Juri_Uluots, lk 12
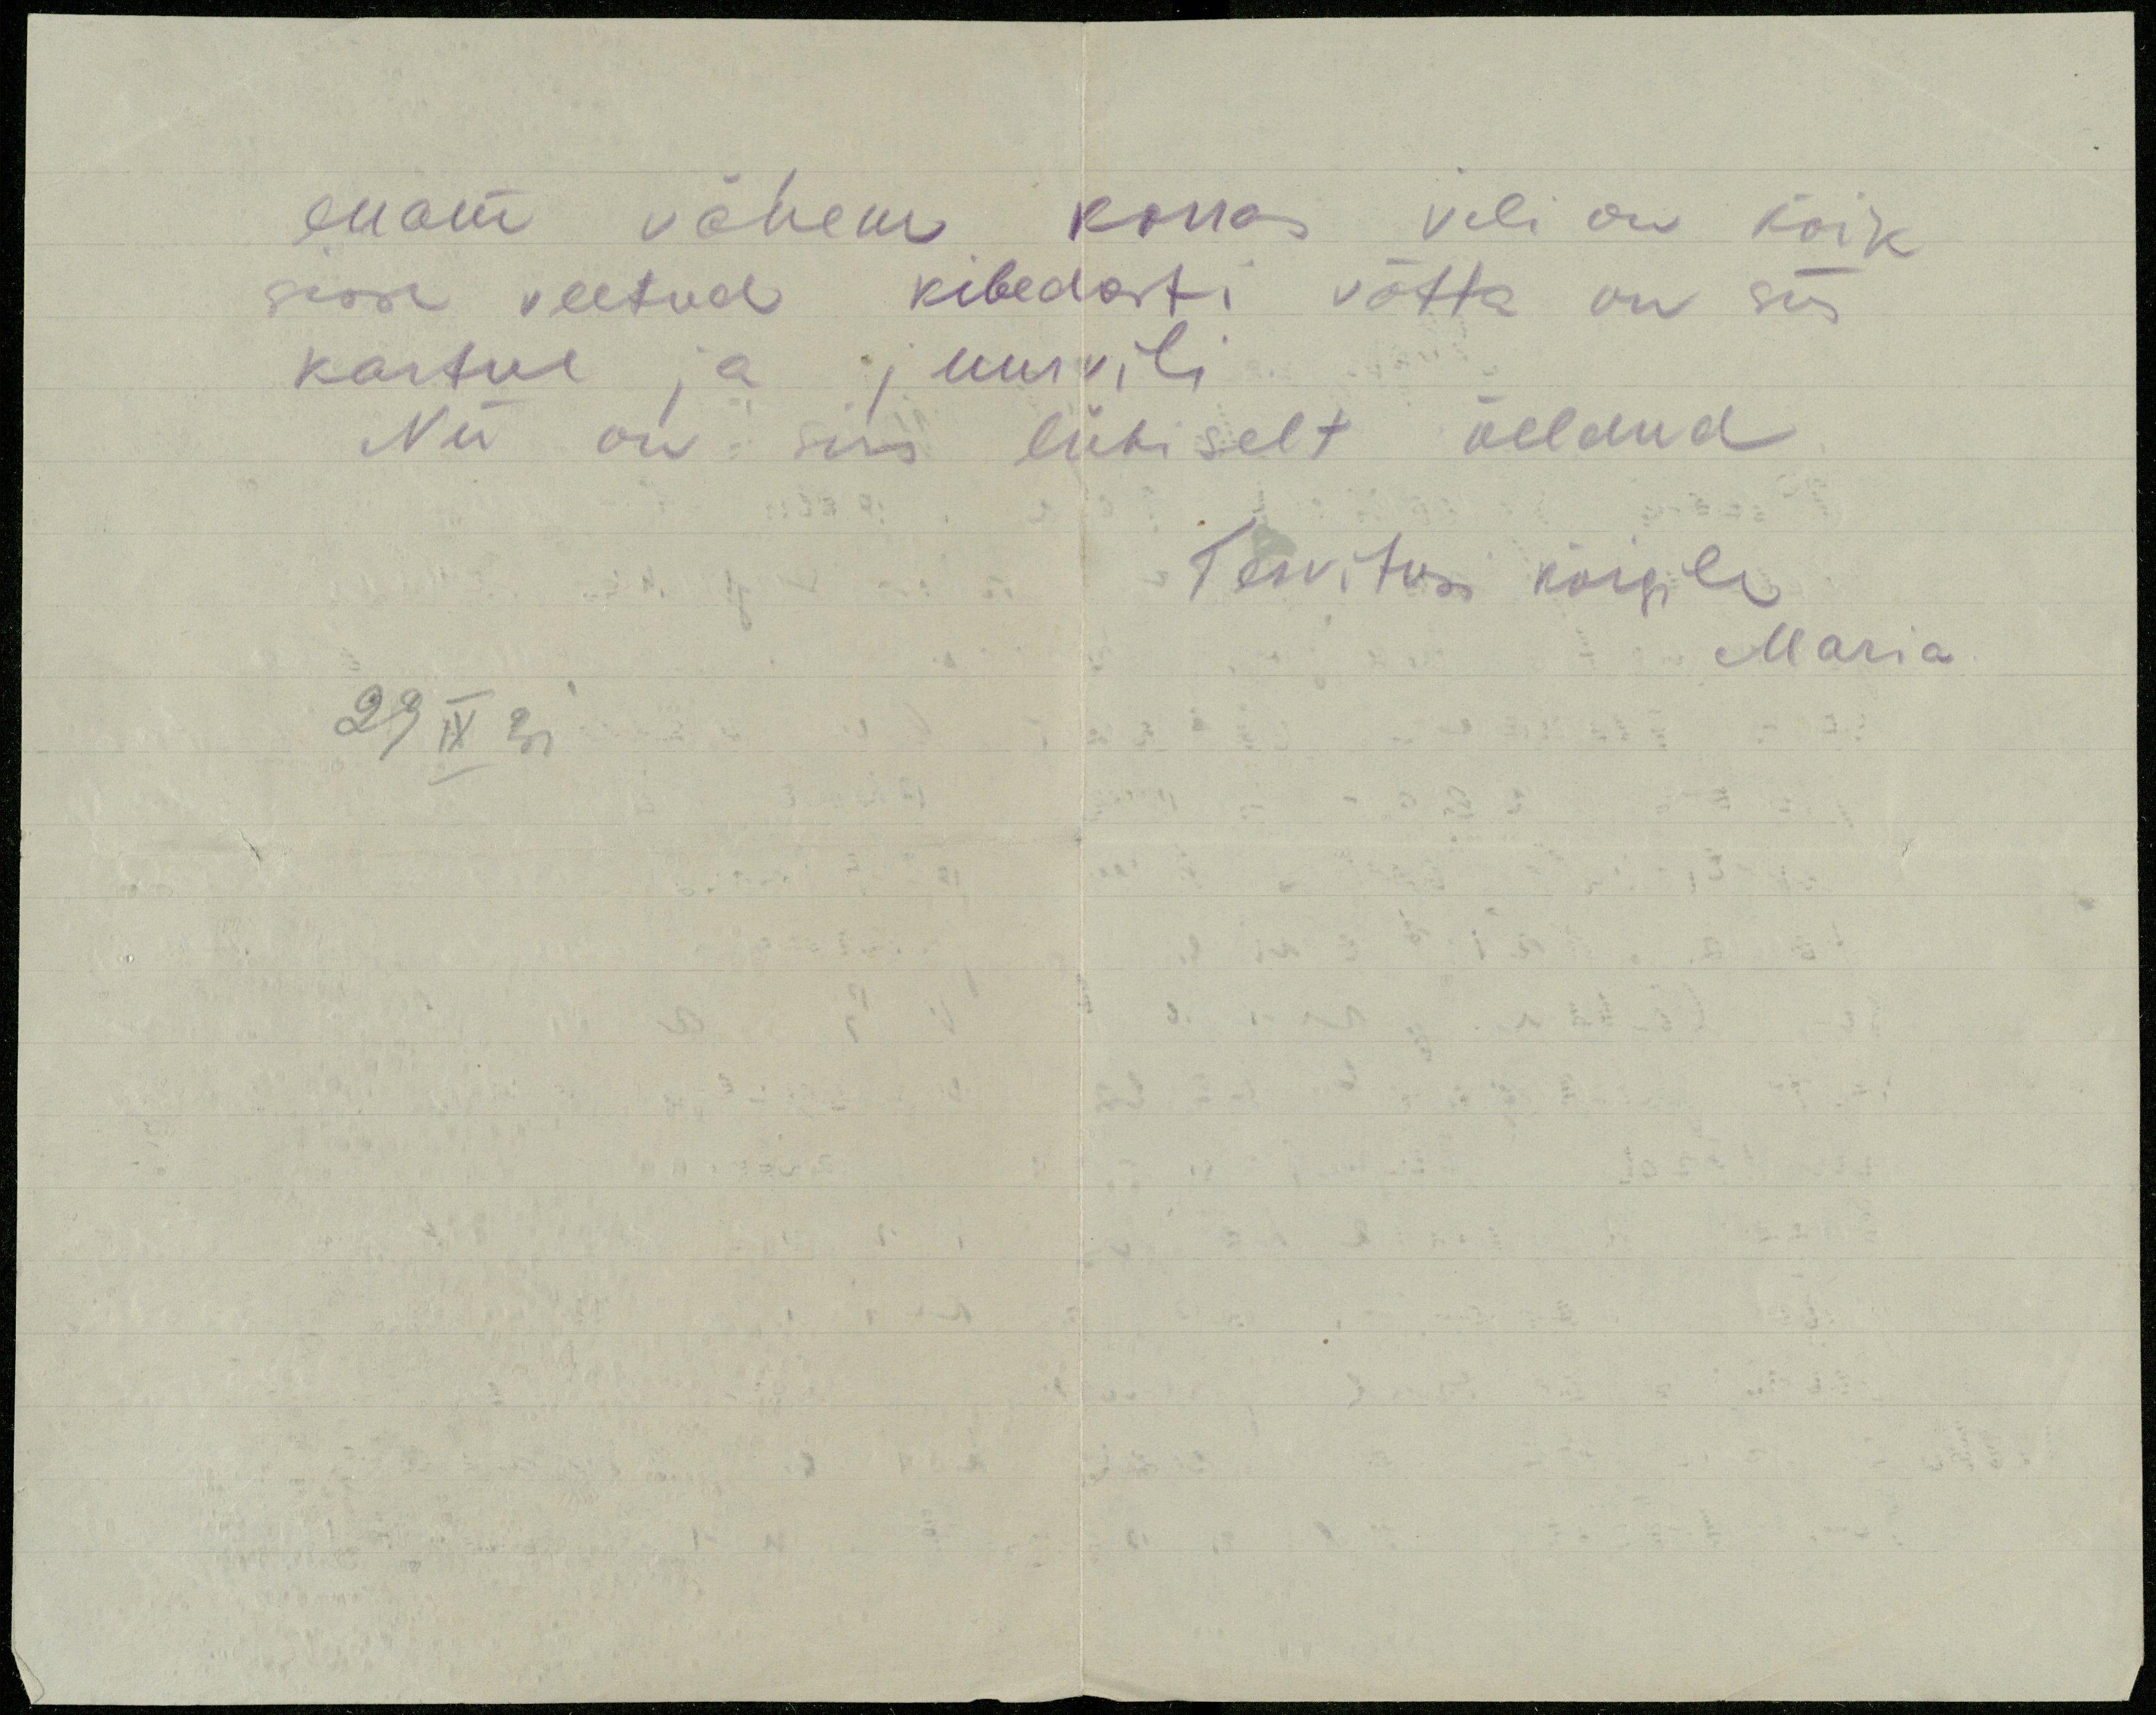
enam vähem korras vili on kõik
sisse veetud kibedasti võtta on siis
kartul ja juurvili
Nii on siis lühiselt öeldud
Tervitusi kõigile
Maria
23 IX 31